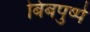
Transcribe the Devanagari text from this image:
बिंबपुष्पे